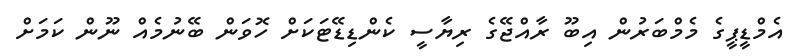
އެމްޑީޕީގެ މެމްބަރުން އިބޫ ރާއްޖޭގެ ރިޔާސީ ކެންޑިޑޭޓަކަށް ހޮވަން ބޭނުމެއް ނޫން ކަމަށް